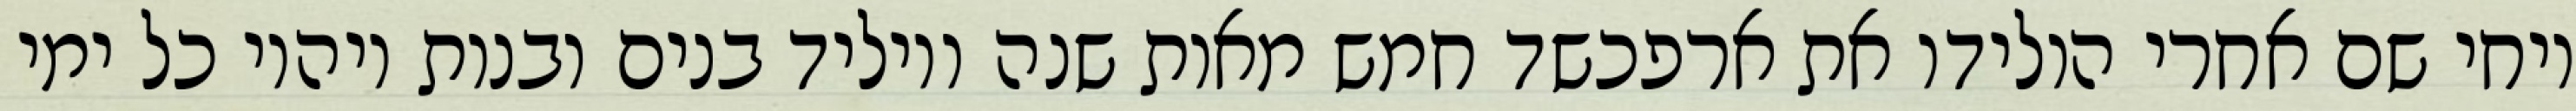
ויחי שם אחרי הולידו את ארפכשד חמש מאות שנה ויוליד בנים ובנות ויהיו כל ימי